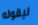
ليقوله